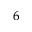
^ { 6 }